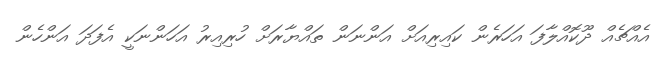
އެއްޗެއް ދޫކޮއްލާފަ އަހަރެން ކައިރިއަށް އަންނަން ތައްޔާރަށް ހުރިއިރު އަހަންނަކީ އެފަދަ އަންހެން